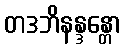
တဒဘိနန္ဒန္တော